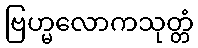
ဗြဟ္မလောကသုတ္တံ